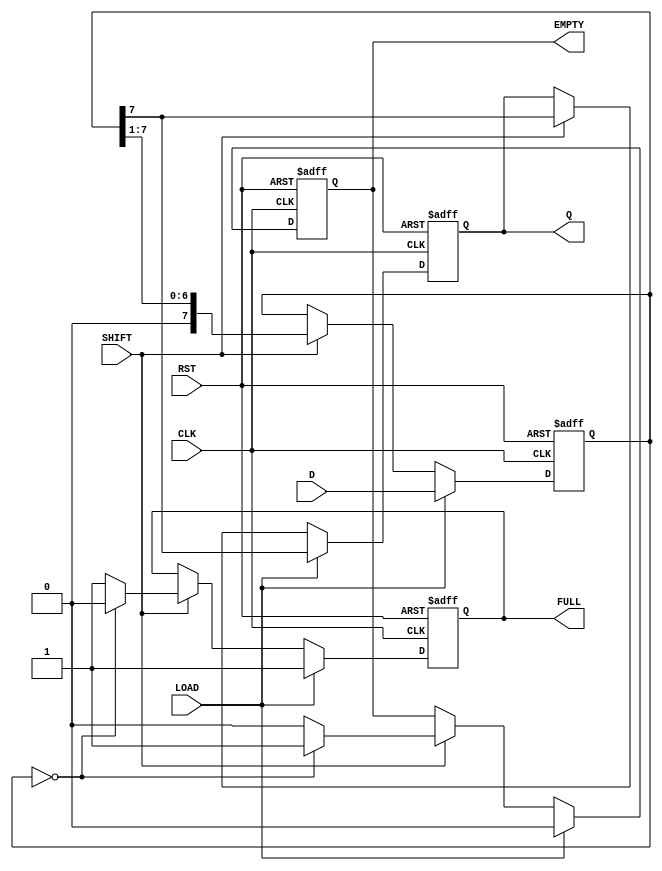
module PISO_Register #(
    parameter N = 8  // Parameter to define the width of the register
)(
    input wire [N-1:0] D,        // Parallel Data Input
    input wire LOAD,              // Load control signal
    input wire SHIFT,             // Shift control signal
    input wire CLK,               // Clock input
    input wire RST,               // Reset input
    output reg Q,                 // Serial Output
    output reg FULL,              // Full flag
    output reg EMPTY              // Empty flag
);

    // Internal storage for the PISO register
    reg [N-1:0] shift_reg;

    // Asynchronous reset and load/shift operation
    always @(posedge CLK or posedge RST) begin
        if (RST) begin
            shift_reg <= {N{1'b0}}; // Clear the register
            Q <= 1'b0;              // Clear the output
            FULL <= 1'b0;           // Clear the FULL flag
            EMPTY <= 1'b1;          // Set the EMPTY flag
        end else if (LOAD) begin
            shift_reg <= D;         // Load parallel data into the register
            Q <= shift_reg[N-1];    // Output the MSB
            FULL <= 1'b1;           // Set the FULL flag
            EMPTY <= 1'b0;          // Clear the EMPTY flag
        end else if (SHIFT) begin
            // Shift operation
            Q <= shift_reg[N-1];    // Output the MSB
            shift_reg <= {1'b0, shift_reg[N-1:1]}; // Shift right
            // Update FULL and EMPTY flags
            if (shift_reg == {N{1'b0}}) begin
                FULL <= 1'b0;        // Clear FULL flag if empty
                EMPTY <= 1'b1;       // Set EMPTY flag
            end else begin
                FULL <= 1'b1;        // Set FULL flag
                EMPTY <= 1'b0;       // Clear EMPTY flag
            end
        end
    end

endmodule